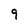
Character: 9